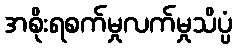
အစိုးရစက်မှုလက်မှုသိပ္ပံ